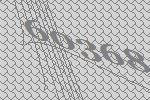
60368